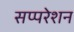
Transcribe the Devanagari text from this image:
सप्परेशन